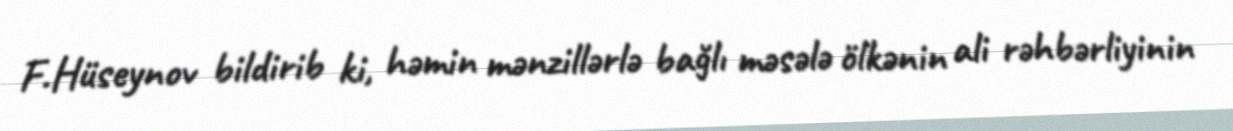
F.Hüseynov bildirib ki, həmin mənzillərlə bağlı məsələ ölkənin ali rəhbərliyinin